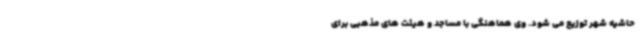
حاشیه شهر توزیع می شود. وی هماهنگی با مساجد و هیئت های مذهبی برای